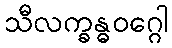
သီလက္ခန္ဓဝဂ္ဂေါ